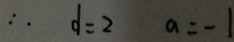
\therefore d = 2 a = - 1